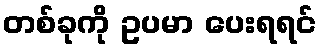
တစ်ခုကို ဥပမာ ပေးရရင်